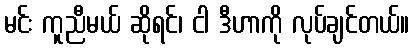
မင်း ကူညီမယ် ဆိုရင်၊ ငါ ဒီဟာကို လုပ်ချင်တယ်။